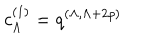
c _ { \Lambda } ^ { ( 1 ) } = q ^ { ( \Lambda , \Lambda + 2 \rho ) }